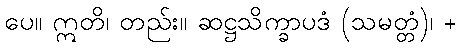
ပေ။ ဣတိ၊ တည်း။ ဆဋ္ဌသိက္ခာပဒံ (သမတ္တံ)၊ +